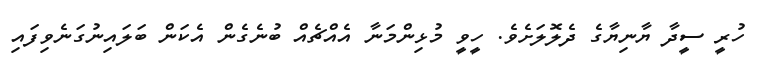
ހުރީ ސީދާ ޔާނިޔާގެ ދެލޮލަށެވެ. ހީވީ މުޅިންމަނާ އެއްޗެއް ބުނެގެން އެކަން ބަލައިނުގަނެވިފައި